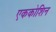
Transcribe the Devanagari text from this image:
एककोशिन